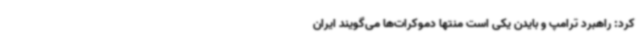
کرد: راهبرد ترامپ و بایدن یکی است منتها دموکرات‌ها می‌گویند ایران